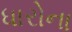
ધારોના